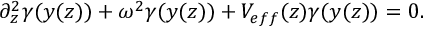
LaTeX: \partial _ { z } ^ { 2 } \gamma ( y ( z ) ) + \omega ^ { 2 } \gamma ( y ( z ) ) + V _ { e f f } ( z ) \gamma ( y ( z ) ) = 0 .